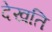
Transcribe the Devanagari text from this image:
देखति